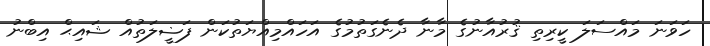
ހަވަނަ މައްސަލަ ކީރިތި ޤުރުއާނުގެ މާނާ ދެނެގަތުމުގެ އަހައްމިއްޔަތުކަން ފަޟީލަތުއް ޝައިޙް އިބްނު